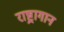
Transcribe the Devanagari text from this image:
राष्ट्रागान